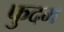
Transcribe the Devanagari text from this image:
फुदम